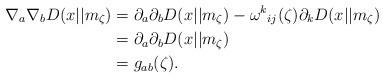
LaTeX: \begin{align*}\nabla_a \nabla_b D(x||m_\zeta) &= \partial_a \partial_b D(x||m_\zeta) - {\omega^k}_{ij}(\zeta) \partial_k D(x||m_\zeta)\\&= \partial_a \partial_b D(x||m_\zeta)\\&= g_{ab}(\zeta).\end{align*}